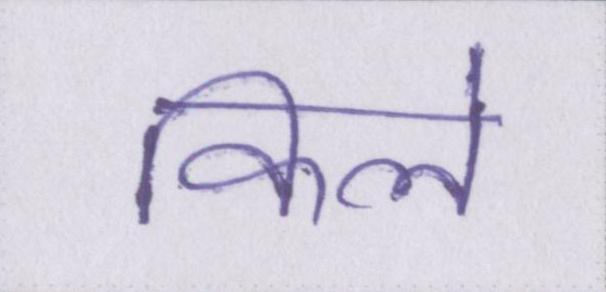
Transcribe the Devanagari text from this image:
किले